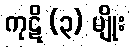
ကုဋိ (၃) မျိုး